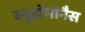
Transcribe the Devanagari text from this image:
स्यूडोमोनैस